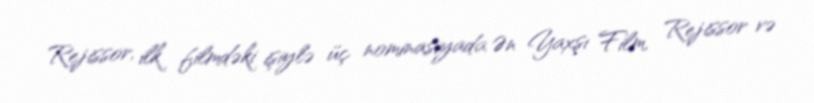
Rejissor, ilk filmdəki işiylə üç nominasiyada Ən Yaxşı Film, Rejissor və